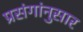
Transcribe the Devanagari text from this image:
प्रसंगांनुसार